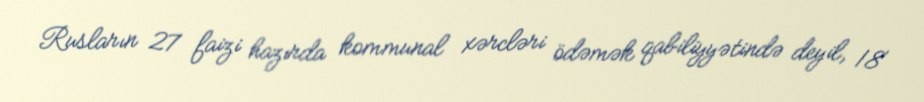
Rusların 27 faizi hazırda kommunal xərcləri ödəmək qabiliyyətində deyil, 18